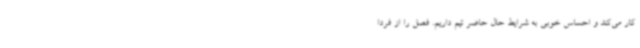
کار می‌کند و احساس خوبی به شرایط حال حاضر تیم داریم. فصل را از فردا